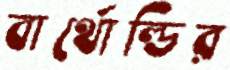
বার্থোল্ডির